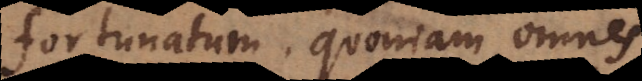
fortunatum, quoniam omnes